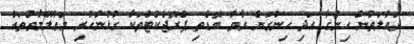
ދައުލަތުން ހިންގާ އަދި ހިންގަން ރާވާ ބޮޑެތި ޕްރޮޖެކްޓްތަކާ ގުޅުންހުރި މަޢުލޫމާތުތައް